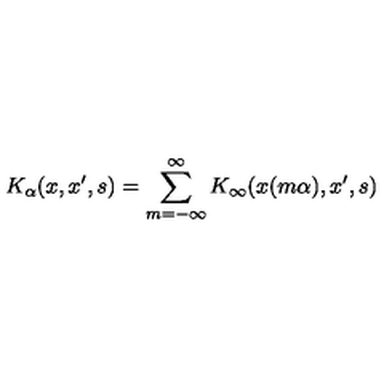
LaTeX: K _ { \alpha } ( x , x ^ { \prime } , s ) = \sum _ { m = - \infty } ^ { \infty } K _ { \infty } ( x ( m \alpha ) , x ^ { \prime } , s )